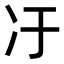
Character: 𫤿